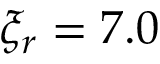
\xi _ { r } = 7 . 0